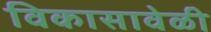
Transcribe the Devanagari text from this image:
विकासावेळी